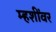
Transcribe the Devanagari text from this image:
म्हशींवर